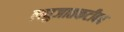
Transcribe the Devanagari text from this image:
लघुजातकटीका